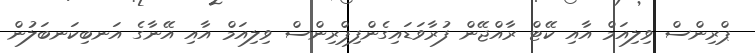
ޕްރިންސް ވިލިއަމް އާއި ކޭޓް ރާއްޖޭން ފުރާވަޑައިގެންފިޕްރިންސް ވިލިއަމް އާއި އޭނާގެ އަނބިކަނބަލުން